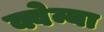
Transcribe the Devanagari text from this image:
क्वेन्या